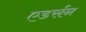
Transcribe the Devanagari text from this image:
एडर्सन